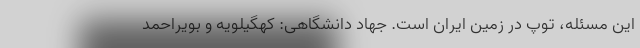
این مسئله، توپ در زمین ایران است. جهاد دانشگاهی: کهگیلویه و بویراحمد